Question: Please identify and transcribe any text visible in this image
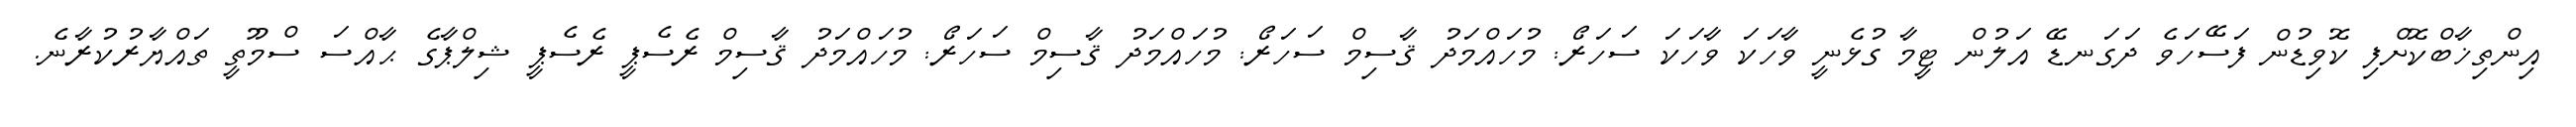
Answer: އިންތިޚާބްކޮށްފި ކޮވިޑުން ފަސޭހަވެ ދަގަނޑޭ އަލުން ޓީމާ ގުޅެނީ ވާހަކަ ވާހަކަ ސަހަރޯ: މުހައްމަދު ޤާސިމް ސަހަރޯ: މުހައްމަދު ޤާސިމް ސަހަރޯ: މުހައްމަދު ޤާސިމް ރެސެޕީ ރެސެޕީ ޝިލްޕާގެ ޙާއްސަ ސްމޫތީ ތައްޔާރުކުރާނެ.